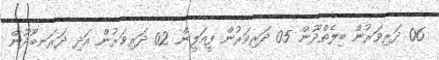
06 ދަރިވަރުން ބިލެތްދޫން 05 ދަރިވަރުން ފީއަލީން 02 ދަރިވަރުން އަދި ދަރަނބޫދޫން